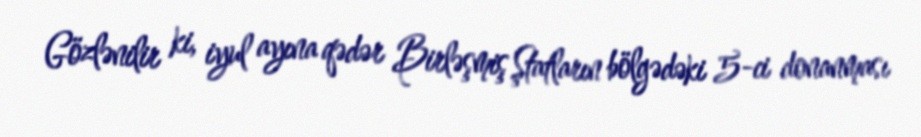
Gözlənilir ki, iyul ayına qədər Birləşmiş Ştatların bölgədəki 5-ci donanması